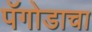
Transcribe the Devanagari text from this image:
पॅगोडाचा